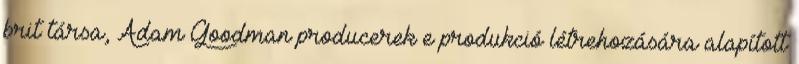
brit társa, Adam Goodman producerek e produkció létrehozására alapított